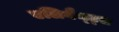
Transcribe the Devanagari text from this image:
एलिगैन्ट्स